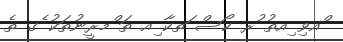
ްއވި ިއތު ުރ ކޯސް ަތކާ ިއ ތަ ްމރީނުތަކު ެގ ތެ